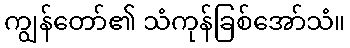
ကျွန်တော်၏ သံကုန်ခြစ်အော်သံ။